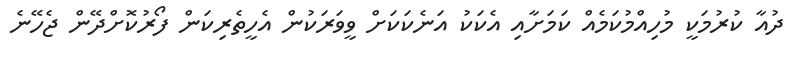
ދުއާ ކުރުމަކީ މުހިއްމުކަމެއް ކަމަށާއި އެކަކު އަނެކަކަށް ވީވަރަކުން އެހީތެރިކަން ފޯރުކޮށްދޭން ޖެހޭނެ